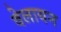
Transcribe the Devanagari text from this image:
वेलायन